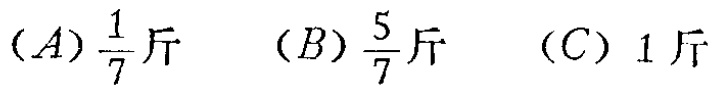
$(A)\frac{1}{7}\text{斤}\quad (B)\frac{5}{7}\text{斤}\quad (C)\ 1\text{斤}$